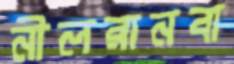
নীলরানবা